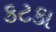
કટકા